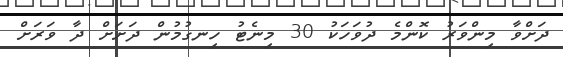
ދަށްވާ މިންވަރު ކޮންމެ ދުވަހަކު 30 މިނެޓު ހިނގުމުން ދަށަށް ދާ ވަރަށް